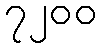
၇၂၀၀